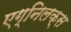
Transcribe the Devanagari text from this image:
एग्निलक्स